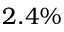
2 . 4 \%